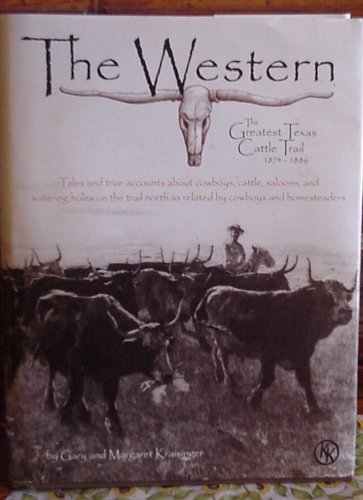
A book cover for The Western: The Greatest Texas Cattle Trail, 1874 - 1886; Gary Kraisinger; Travel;